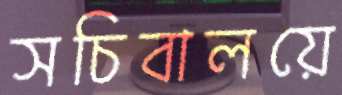
সচিবালয়ে